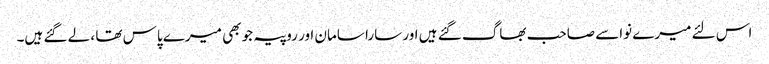
اس لئے میرے نواسے صاحب بھاگ گئے ہیں اور سارا سامان اور روپیہ جو بھی میرے پاس تھا ، لے گئے ہیں۔